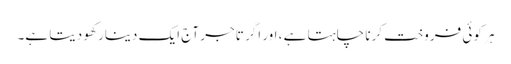
ہر کوئی فروخت کرنا چاہتا ہے ، اور اگر تاجر آج ایک دینار کھو دیتا ہے۔